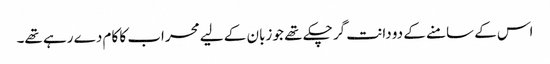
اس کے سامنے کے دو دانت گر چکے تھے جو زبان کے لیے محراب کا کام دے رہے تھے۔